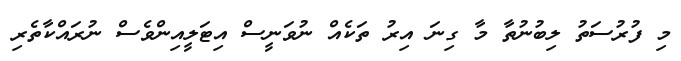
މި ފުރުސަތު ލިބުނުތާ މާ ގިނަ އިރު ތަކެއް ނުވަނީސް އިޓަލީއިންވެސް ނުރައްކާތެރި